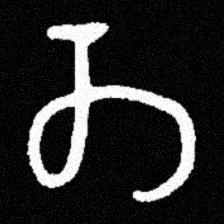
Pyu character \u2014 Myanmar letter: တ (romanized: ta)